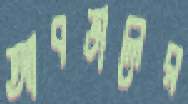
আবডালের